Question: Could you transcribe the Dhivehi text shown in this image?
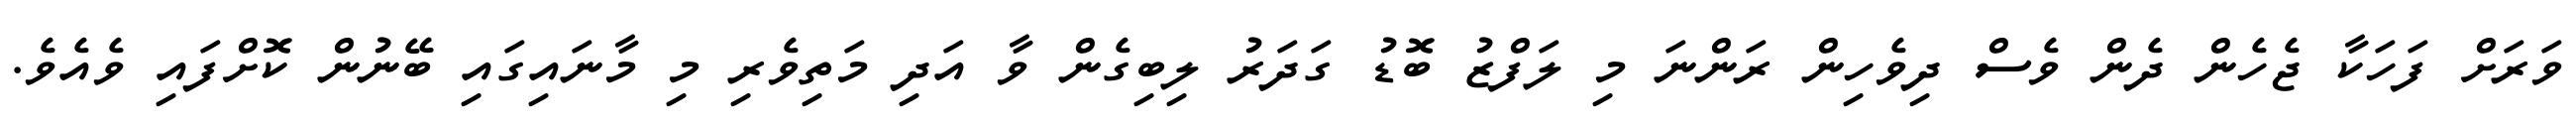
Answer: ވަރަށް ފަހަކާ ޖެހެން ދެން ވެސް ދިވެހިން ރަންނަ މި ލަފްޒު ބޮޑު ގަދަރު ލިބިގެން ވާ އަދި މަތިވެރި މި މާނައިގައި ބޭނުން ކޮށްފައި ވެއެވެ.